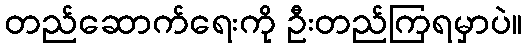
တည်ဆောက်ရေးကို ဦးတည်ကြရမှာပဲ။